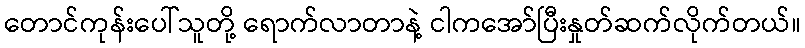
တောင်ကုန်းပေါ်သူတို့ ရောက်လာတာနဲ့ ငါကအော်ပြီးနှုတ်ဆက်လိုက်တယ်။